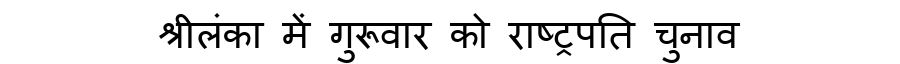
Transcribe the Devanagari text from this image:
श्रीलंका में गुरूवार को राष्ट्रपति चुनाव